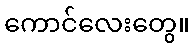
ကောင်လေးတွေ။